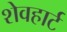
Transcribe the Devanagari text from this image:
शेवहार्ट